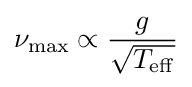
\nu _{\mathrm {max} }\propto {\frac {g}{\sqrt {T_{\mathrm {eff} }}}}